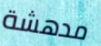
مدهشة